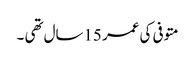
متوفی کی عمر 15سال تھی ۔